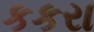
કકરા